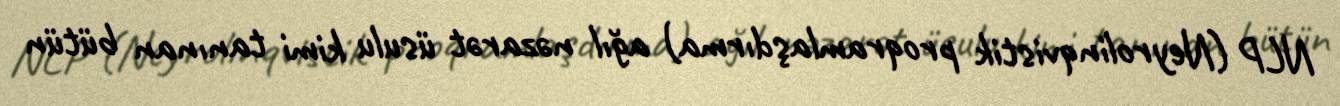
NLP (Neyrolinqvistik proqramlaşdırma) ağıl nəzarət üsulu kimi tanınan bütün